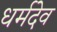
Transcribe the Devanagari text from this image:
धर्मदेव